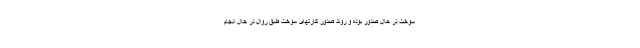
سوخت در حال صدور بوده و روند صدور کارتهای سوخت طبق روال در حال انجام